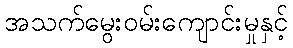
အသက်မွေးဝမ်းကျောင်းမှုနှင့်